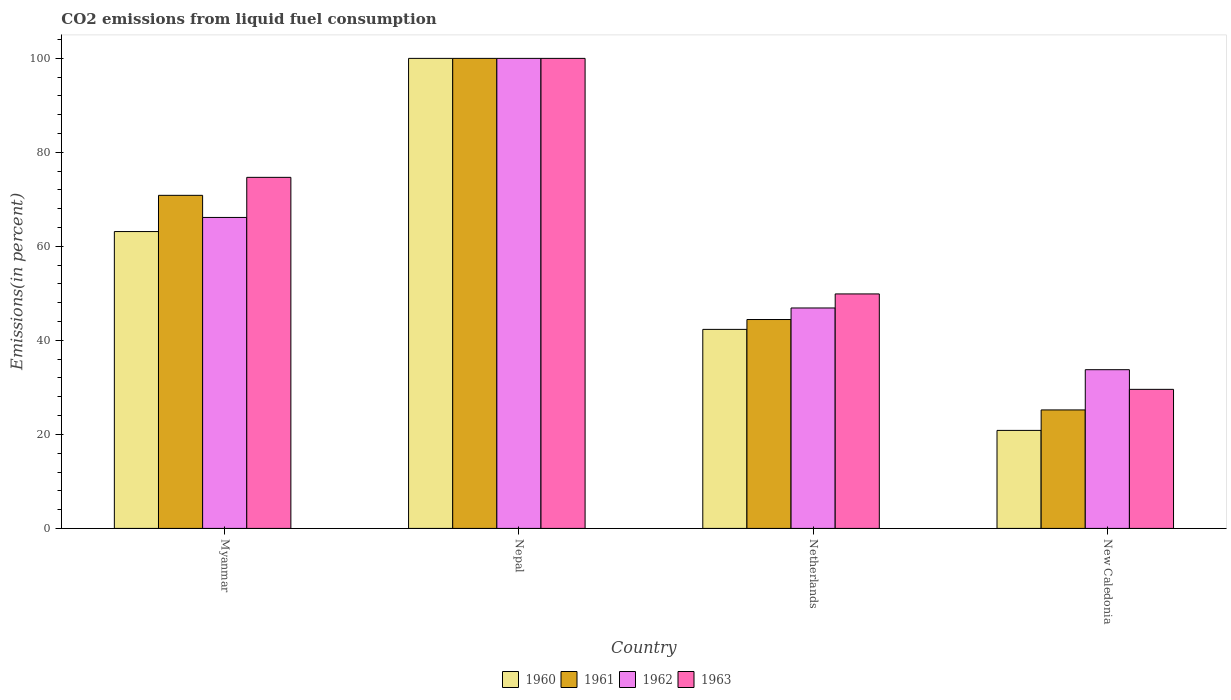
| Country | 1960 | 1961 | 1962 | 1963 |
 | --- | --- | --- | --- | --- |
 | Myanmar | 63.2 | 70.9 | 66.2 | 74.7 |
 | Nepal | 100 | 100 | 100 | 100 |
 | Netherlands | 42.3 | 44.4 | 46.9 | 49.9 |
 | New Caledonia | 20.9 | 25.2 | 33.8 | 29.6 |